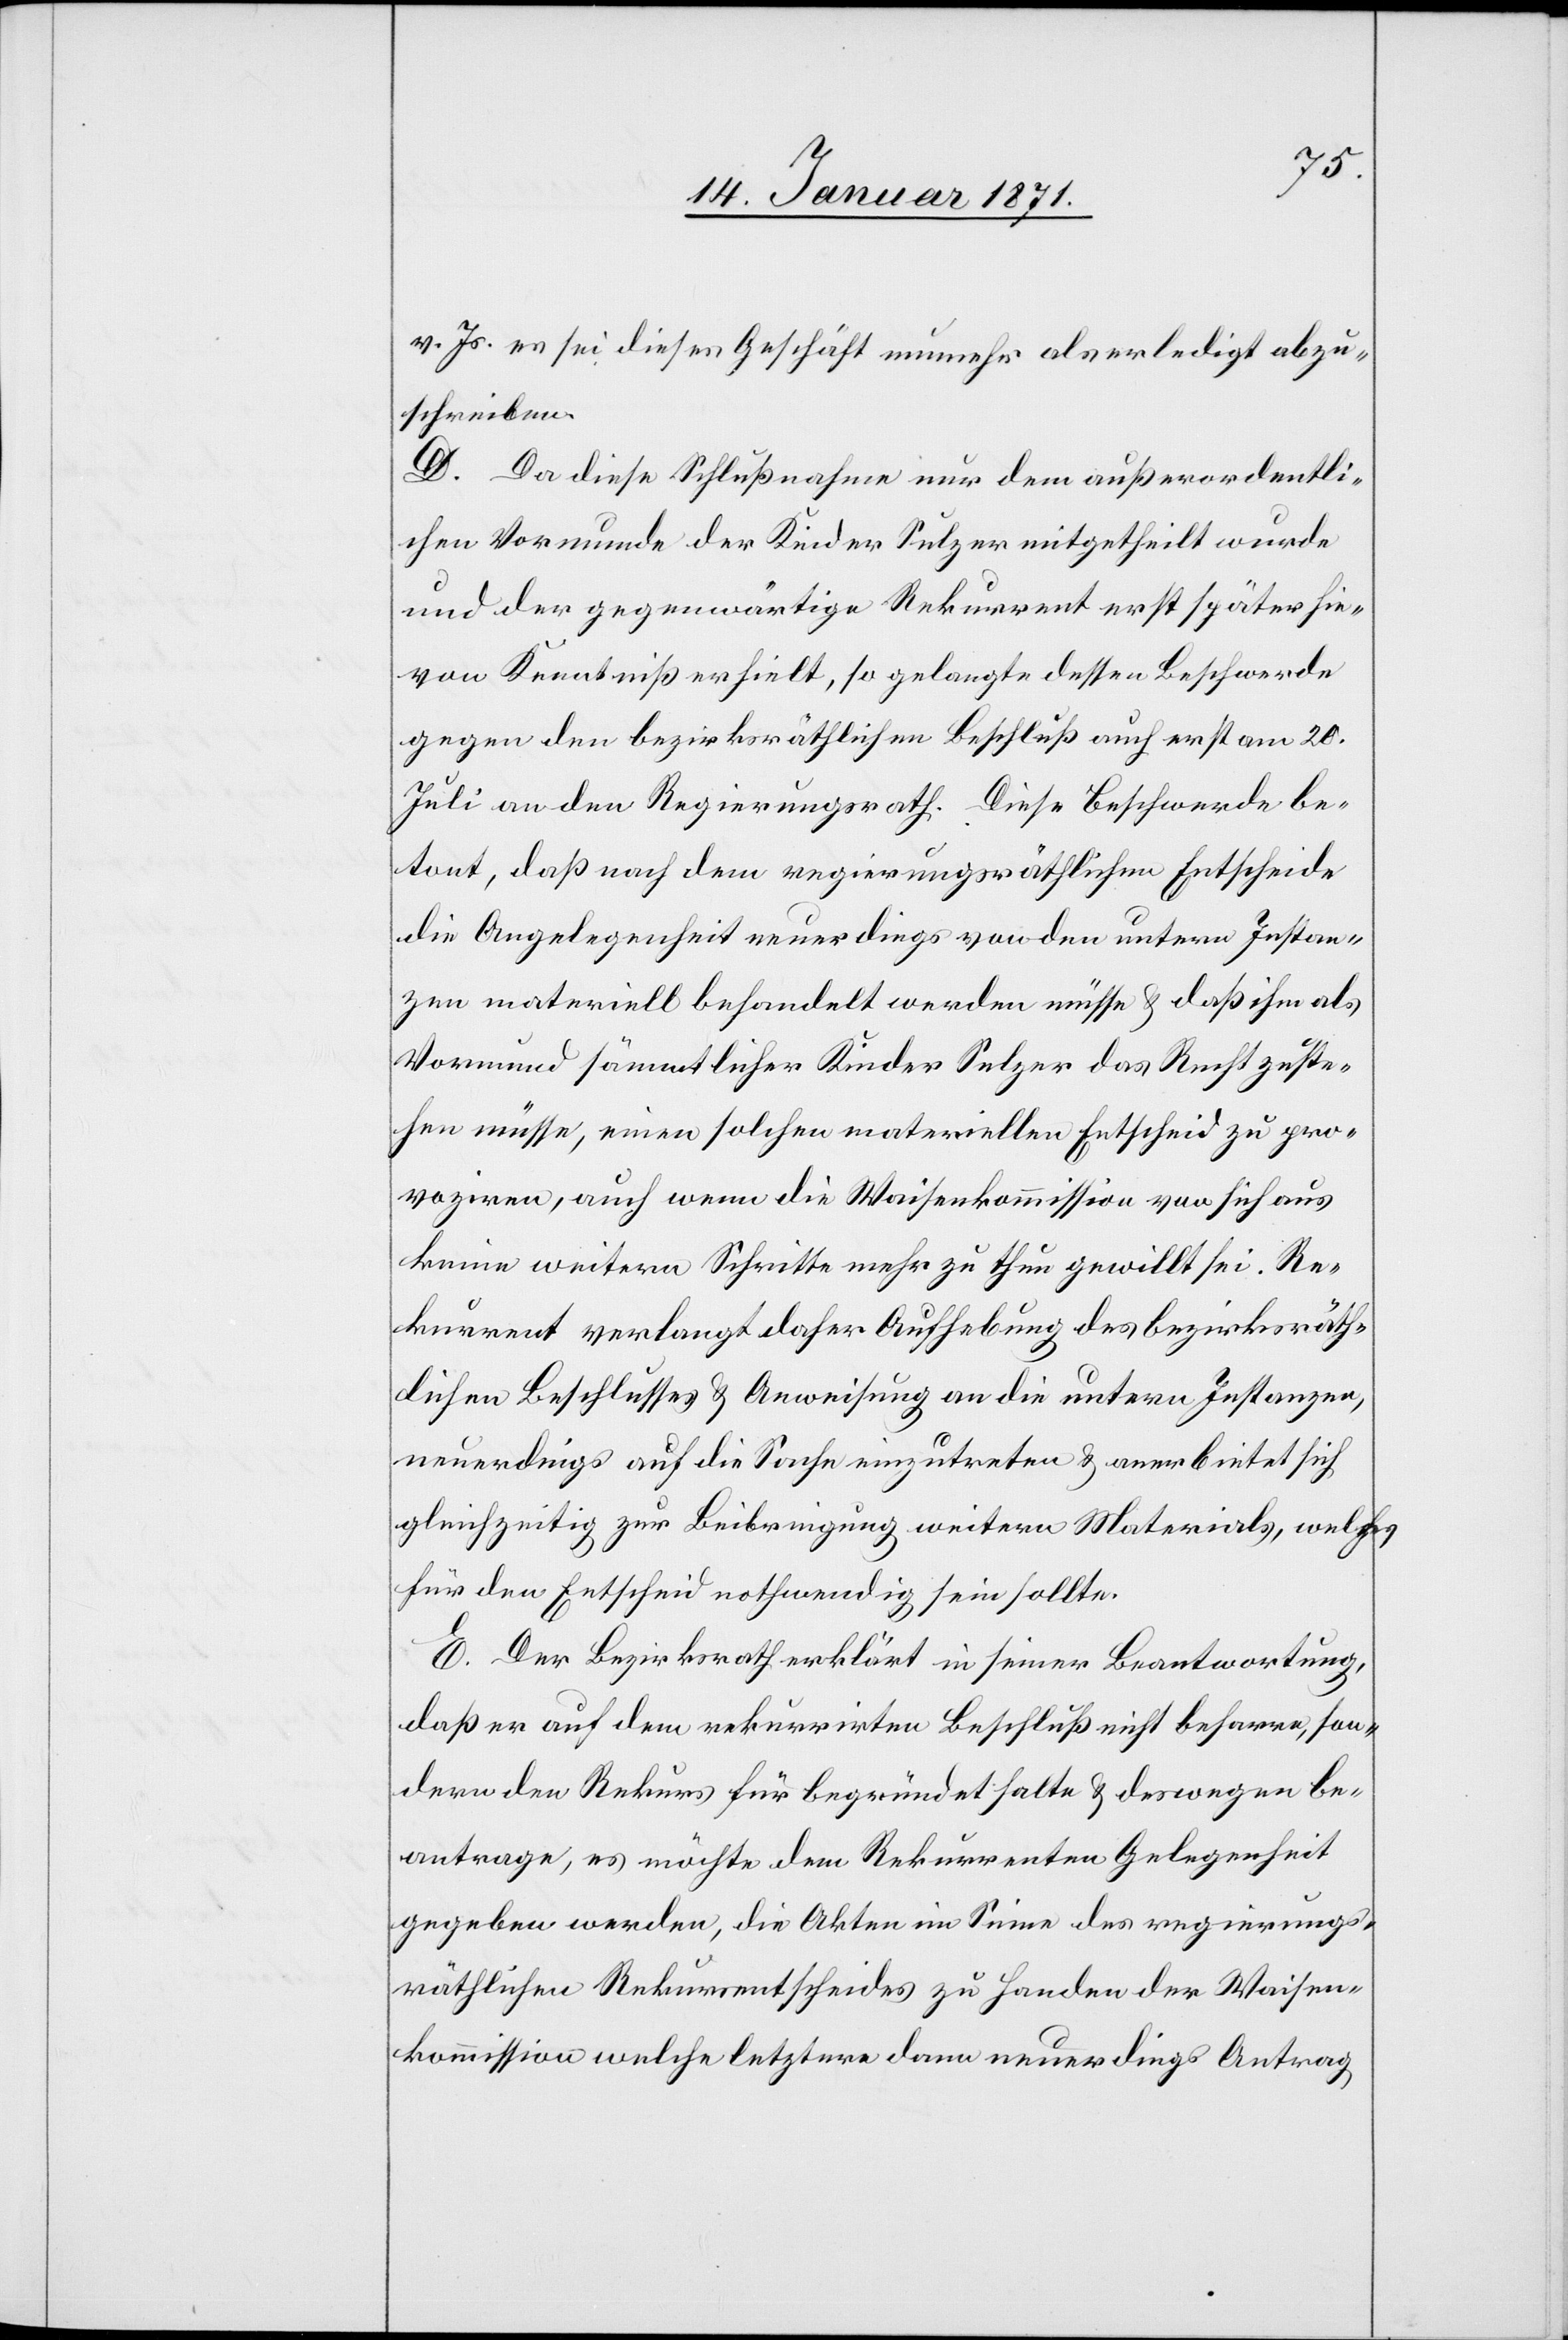
v. Js. es sei dieses Geschäft nunmehr als erledigt abzu¬
schreiben.
D. Da diese Schlußnahme nur dem außerordentli¬
chen Vormunde der Kinder Sulzer mitgetheilt wurde
und der gegenwärtige Rekurrent erst später hie¬
von Kenntniß erhielt, so gelangte dessen Beschwerde
gegen den bezirksräthlichen Beschluß auch erst am 20.
Juli an den Regierungsrath. Diese Beschwerde be¬
tont, daß nach dem regierungsräthlichen Entscheide
die Angelegenheit neuerdings von den untern Instan¬
zen materiell behandelt werden müsse u. daß ihm als
Vormund sämmtlicher Kinder Sulzer das Recht zuste¬
hen müsse, einen solchen materiellen Entscheid zu pro¬
voziren, auch wenn die Waisenkommission von sich aus
keine weitern Schritte mehr zu thun gewillt sei. Re¬
kurrent verlangt daher Aufhebung des bezirksräth¬
lichen Beschlusses u. Anweisung an die untern Instanzen,
neuerdings auf die Sache einzutreten u. anerbietet sich
gleichzeitig zur Beibringung weitern Materials, welches
für den Entscheid nothwendig sein sollte.
E. Der Bezirksrath erklärt in seiner Beantwortung,
daß er auf dem rekurrirten Beschluß nicht beharre, son¬
dern den Rekurs für begründet halte u. deswegen be¬
antrage, es möchte dem Rekurrenten Gelegenheit
gegeben werden, die Akten im Sinne des regierungs¬
räthlichen Rekursentscheides zu Handen der Waisen¬
kommission welche letztere dann neuerdings Antrag